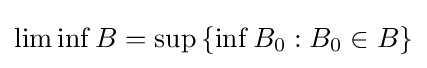
\liminf B=\sup \,\{\inf B_{0}:B_{0}\in B\}